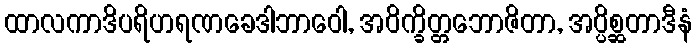
ထာလကာဒိပရိဟရဏခေဒါဘာဝေါ, အဝိက္ခိတ္တဘောဇိတာ, အပ္ပိစ္ဆတာဒီနံ